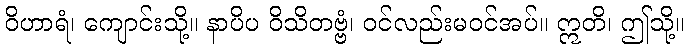
ဝိဟာရံ၊ ကျောင်းသို့။ နာပိပ ဝိသိတဗ္ဗံ၊ ဝင်လည်းမဝင်အပ်။ ဣတိ၊ ဤသို့။